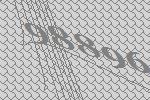
98896